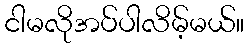
ငါမလိုအပ်ပါလိမ့်မယ်။